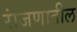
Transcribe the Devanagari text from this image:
रांजणातील